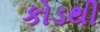
કોડથી